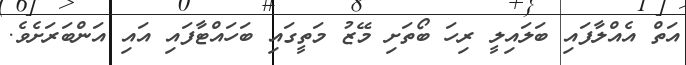
އަތް އެއްލާފައި ބަލައިލީ ރިހަ ބޯތަށި މޭޒު މަތީގައި ބަހައްޓާފައި އައި އަންބަރަށެވެ.